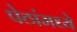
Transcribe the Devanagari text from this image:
पेठांमध्ये